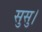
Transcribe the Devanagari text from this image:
सुसु।